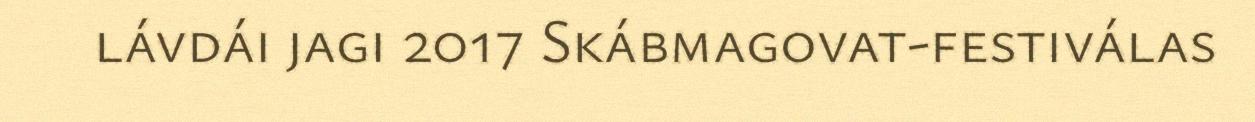
lávdái jagi 2017 Skábmagovat-festiválas